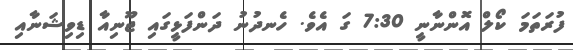
ފުރަތަމަ ކޯލް އޮންނާނީ 7:30 ގަ އެވެ. ހެނދުނު ދަންފަޅީގައި ޖޫނިއާ ޑިވިޝަނާއި